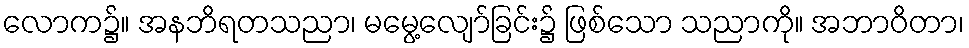
လောက၌။ အနဘိရတသညာ၊ မမွေ့လျော်ခြင်း၌ ဖြစ်သော သညာကို။ အဘာဝိတာ၊